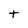
Character: t